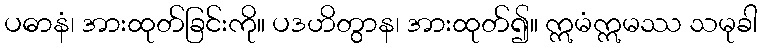
ပဓာနံ၊ အားထုတ်ခြင်းကို။ ပဒဟိတွာန၊ အားထုတ်၍။ ဣမံဣမဿ သမုခါ